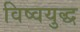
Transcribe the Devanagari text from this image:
विष्वयुद्ध